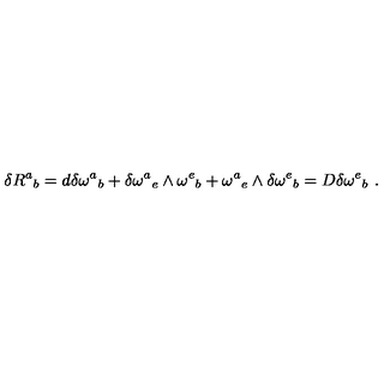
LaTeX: \delta R ^ { a } { } _ { b } = d \delta \omega ^ { a } { } _ { b } + \delta \omega ^ { a } { } _ { e } \wedge \omega ^ { e } { } _ { b } + \omega ^ { a } { } _ { e } \wedge \delta \omega ^ { e } { } _ { b } = D \delta \omega ^ { e } { } _ { b } \ .